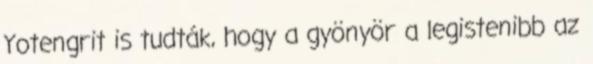
Yotengrit is tudták, hogy a gyönyör a legistenibb az